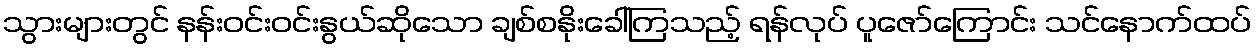
သွားများတွင် နန်းဝင်းဝင်းနွယ်ဆိုသော ချစ်စနိုးခေါ်ကြသည့် ရန်လုပ် ပူဇော်ကြောင်း သင်နောက်ထပ်